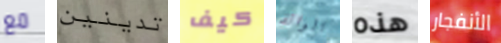
مع تدينين كيف الوالد هذه الأنفجار